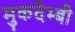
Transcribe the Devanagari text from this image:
मुकदेम्बी